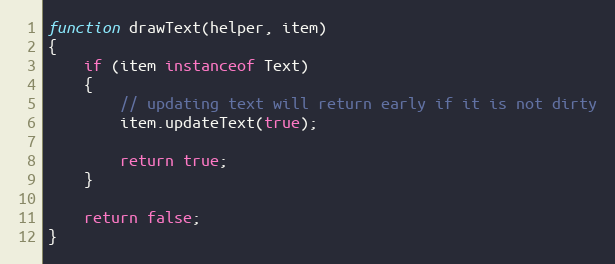
Language: JavaScript
function drawText(helper, item)
{
    if (item instanceof Text)
    {
        // updating text will return early if it is not dirty
        item.updateText(true);

        return true;
    }

    return false;
}